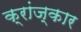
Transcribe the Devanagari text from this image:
क्रांज्कार